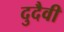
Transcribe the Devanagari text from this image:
दुदैवी